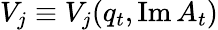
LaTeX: V_{j}\equiv V_{j}(q_{t},\operatorname{Im}A_{t})